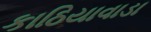
કાઠિયાવાડા